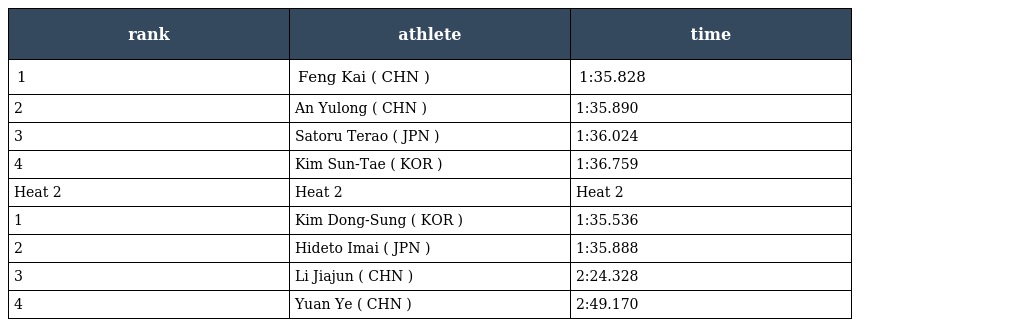
| rank | athlete | time |
 | --- | --- | --- |
 | 1 | Feng Kai ( CHN ) | 1:35.828 |
 | 2 | An Yulong ( CHN ) | 1:35.890 |
 | 3 | Satoru Terao ( JPN ) | 1:36.024 |
 | 4 | Kim Sun-Tae ( KOR ) | 1:36.759 |
 | Heat 2 | Heat 2 | Heat 2 |
 | 1 | Kim Dong-Sung ( KOR ) | 1:35.536 |
 | 2 | Hideto Imai ( JPN ) | 1:35.888 |
 | 3 | Li Jiajun ( CHN ) | 2:24.328 |
 | 4 | Yuan Ye ( CHN ) | 2:49.170 |